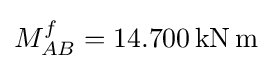
M_{AB}^{f}=14.700\mathrm {\,kN\,m}